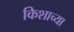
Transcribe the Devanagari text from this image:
किशाच्या